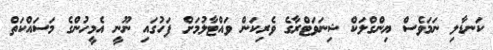
ކަނޑާލި ނަމަވެސް ޔިންގްލަކް ޝިނަވަޓްރާގެ ވެރިކަން ވައްޓާލުމަށް ފަހުގައި ނޫނީ އެމީހުންގެ މަސައްކަތް